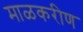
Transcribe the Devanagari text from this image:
माळकरीण